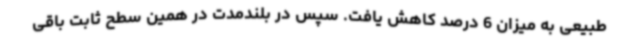
طبیعی به میزان 6 درصد کاهش یافت. سپس در بلندمدت در همین سطح ثابت باقی